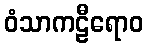
ဝံသာကဠီရောဝ